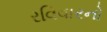
રવિવારનો